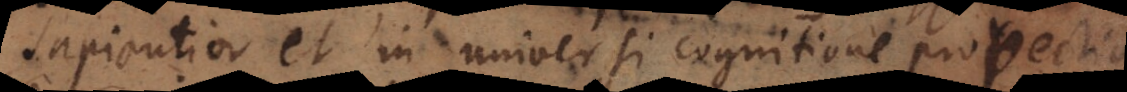
sapientior et in universi cognitione provectior